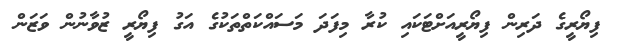
ފިޔޯރީގެ ދަރިން ފިޔޯރީއަށްޓަކައި ކުރާ މިފަދަ މަސައްކަތްތަކުގެ އަގު ފިޔޯރީ ޒުވާނުން ވަޒަން